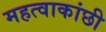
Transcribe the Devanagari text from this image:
महत्वाकांछी